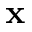
\mathbf { x }